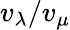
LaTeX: v_{\lambda}/v_{\mu}